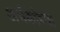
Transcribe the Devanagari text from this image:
अर्भकांच्या